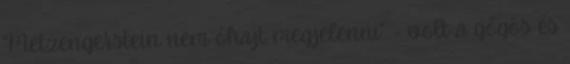
"Metzengerstein nem óhajt megjelenni" - volt a gőgös és